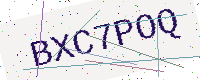
Text: BXC7POQ